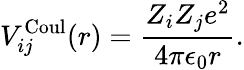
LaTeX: V_{ij}^{\mathrm{Coul}}(r)=\frac{Z_{i}Z_{j}e^{2}}{4\pi\epsilon_{0}r}.